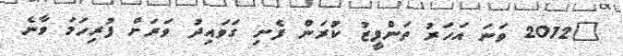
"2012 ވަނަ އަހަރު ތަންފީޒު ކުރަން ފެށި ގަވައިދު ވަރަށް ފުރިހަމަ ވާނެ